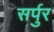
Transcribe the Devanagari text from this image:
सर्पुर